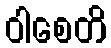
ဝါစေတိ